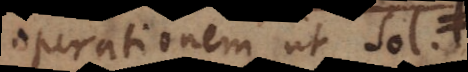
operationem ut sol.